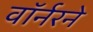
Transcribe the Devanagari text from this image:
वॉर्नरने